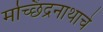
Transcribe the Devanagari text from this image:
मच्छिंद्रनाथाचे